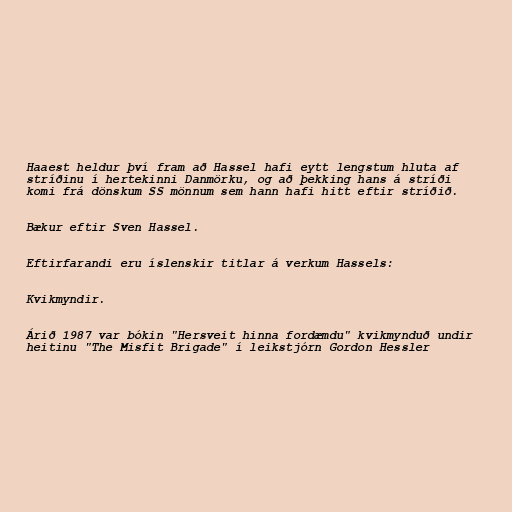
Haaest heldur því fram að Hassel hafi eytt lengstum hluta af
stríðinu í hertekinni Danmörku, og að þekking hans á stríði
komi frá dönskum SS mönnum sem hann hafi hitt eftir stríðið.

Bækur eftir Sven Hassel.

Eftirfarandi eru íslenskir titlar á verkum Hassels:

Kvikmyndir.

Árið 1987 var bókin "Hersveit hinna fordæmdu" kvikmynduð undir
heitinu "The Misfit Brigade" í leikstjórn Gordon Hessler